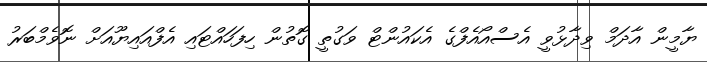
ޔާމީން އާދަމް ވިދާޅުވީ އެސްއޯއެފްގެ އެކައުންޓް ވަގުތީ ގޮތުން ހިފަހައްޓައި އެފްއައިޔޫއަށް ނޮވެމްބަރު